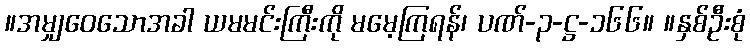
။အမျှဝေသောအခါ ယမမင်းကြီးကို မမေ့ကြရန်၊ ပဏ်-၃-ဋ္ဌ-၁၆၆။ ။နှစ်ဦးစုံ